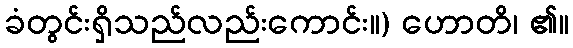
ခံတွင်းရှိသည်လည်းကောင်း။) ဟောတိ၊ ၏။